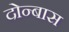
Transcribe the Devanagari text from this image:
दोन्बास